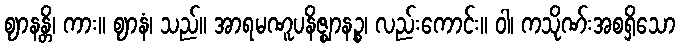
ဈာနန္တိ၊ ကား။ ဈာနံ၊ သည်။ အာရမဏူပနိဇ္ဈာနဉ္စ၊ လည်းကောင်း။ ဝါ၊ ကသိုဏ်းအစရှိသော